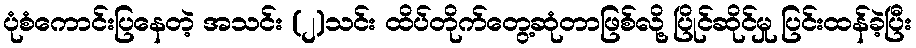
ပုံစံကောင်းပြနေတဲ့ အသင်း (၂)သင်း ထိပ်တိုက်တွေ့ဆုံတာဖြစ်လို့ ပြိုင်ဆိုင်မှု ပြင်းထန်ခဲ့ပြီး